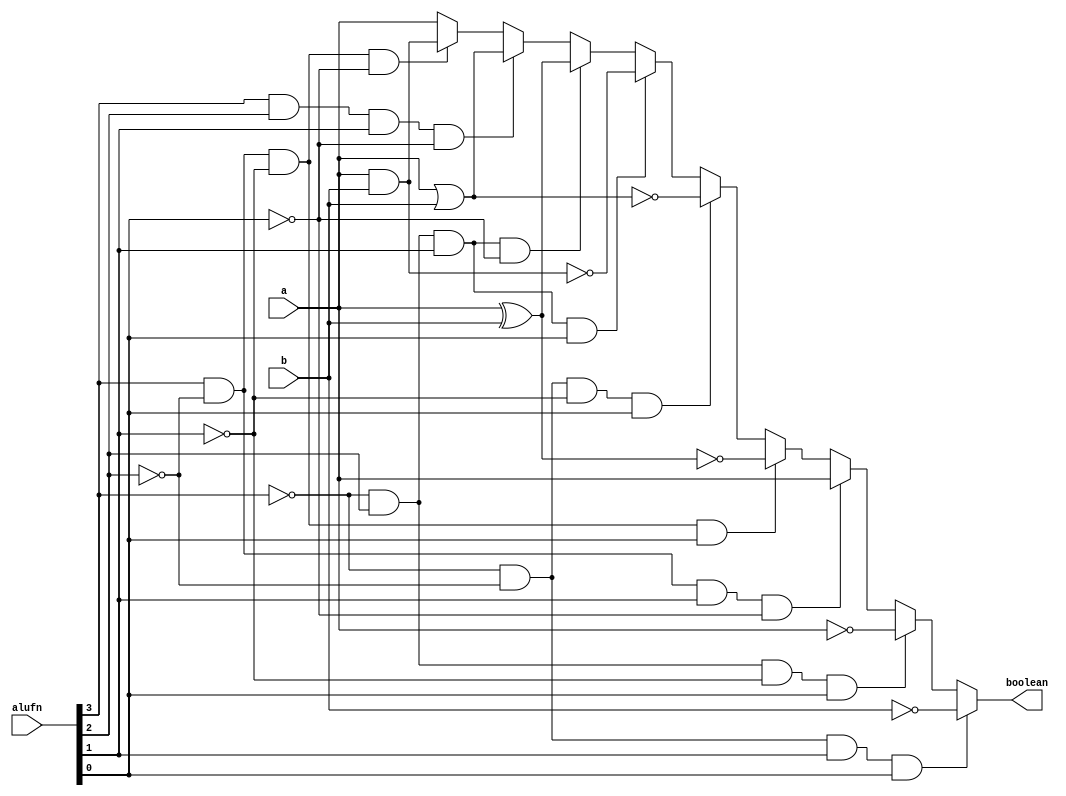
/*
   This file was generated automatically by the Mojo IDE version B1.3.6.
   Do not edit this file directly. Instead edit the original Lucid source.
   This is a temporary file and any changes made to it will be destroyed.
*/

module boolean_21 (
    input [7:0] a,
    input [7:0] b,
    input [3:0] alufn,
    output reg [7:0] boolean
  );
  
  
  
  always @* begin
    boolean = a;
    if (alufn[3+0-:1] == 1'h1 & alufn[2+0-:1] == 1'h0 & alufn[1+0-:1] == 1'h0 & alufn[0+0-:1] == 1'h0) begin
      boolean = a & b;
    end
    if (alufn[3+0-:1] == 1'h1 & alufn[2+0-:1] == 1'h1 & alufn[1+0-:1] == 1'h1 & alufn[0+0-:1] == 1'h0) begin
      boolean = a | b;
    end
    if (alufn[3+0-:1] == 1'h0 & alufn[2+0-:1] == 1'h1 & alufn[1+0-:1] == 1'h1 & alufn[0+0-:1] == 1'h0) begin
      boolean = a ^ b;
    end
    if (alufn[3+0-:1] == 1'h0 & alufn[2+0-:1] == 1'h1 & alufn[1+0-:1] == 1'h1 & alufn[0+0-:1] == 1'h1) begin
      boolean = ~(a & b);
    end
    if (alufn[3+0-:1] == 1'h0 & alufn[2+0-:1] == 1'h0 & alufn[1+0-:1] == 1'h0 & alufn[0+0-:1] == 1'h1) begin
      boolean = ~(a | b);
    end
    if (alufn[3+0-:1] == 1'h1 & alufn[2+0-:1] == 1'h0 & alufn[1+0-:1] == 1'h0 & alufn[0+0-:1] == 1'h1) begin
      boolean = ~(a ^ b);
    end
    if (alufn[3+0-:1] == 1'h1 & alufn[2+0-:1] == 1'h0 & alufn[1+0-:1] == 1'h1 & alufn[0+0-:1] == 1'h0) begin
      boolean = a;
    end
    if (alufn[3+0-:1] == 1'h0 & alufn[2+0-:1] == 1'h1 & alufn[1+0-:1] == 1'h0 & alufn[0+0-:1] == 1'h1) begin
      boolean = ~a;
    end
    if (alufn[3+0-:1] == 1'h0 & alufn[2+0-:1] == 1'h0 & alufn[1+0-:1] == 1'h1 & alufn[0+0-:1] == 1'h1) begin
      boolean = ~b;
    end
  end
endmodule